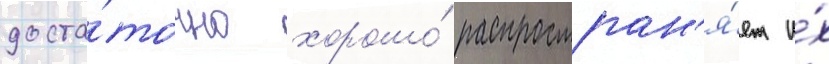
доста́точно хорошо́ распростран'я́ет и́х